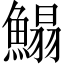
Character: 鰨